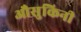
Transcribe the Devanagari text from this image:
औसुकिनी